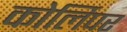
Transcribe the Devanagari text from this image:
कोर्लिपर